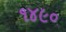
૧૪૯૦